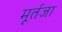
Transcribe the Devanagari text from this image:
मूर्तजा